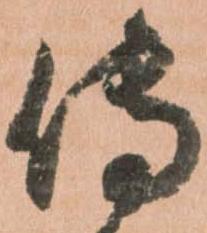
傳